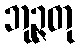
ဘုဉ္ဇတု